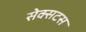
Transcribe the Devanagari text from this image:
सेक्सटस